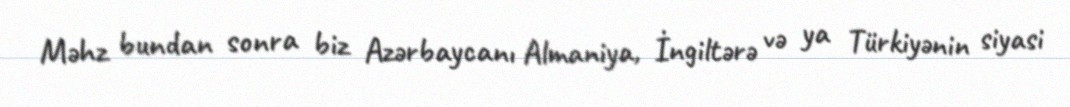
Məhz bundan sonra biz Azərbaycanı Almaniya, İngiltərə və ya Türkiyənin siyasi